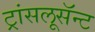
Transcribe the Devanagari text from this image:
ट्रांसलूसॅन्ट